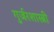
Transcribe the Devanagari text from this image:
गुर्जरशास्त्री